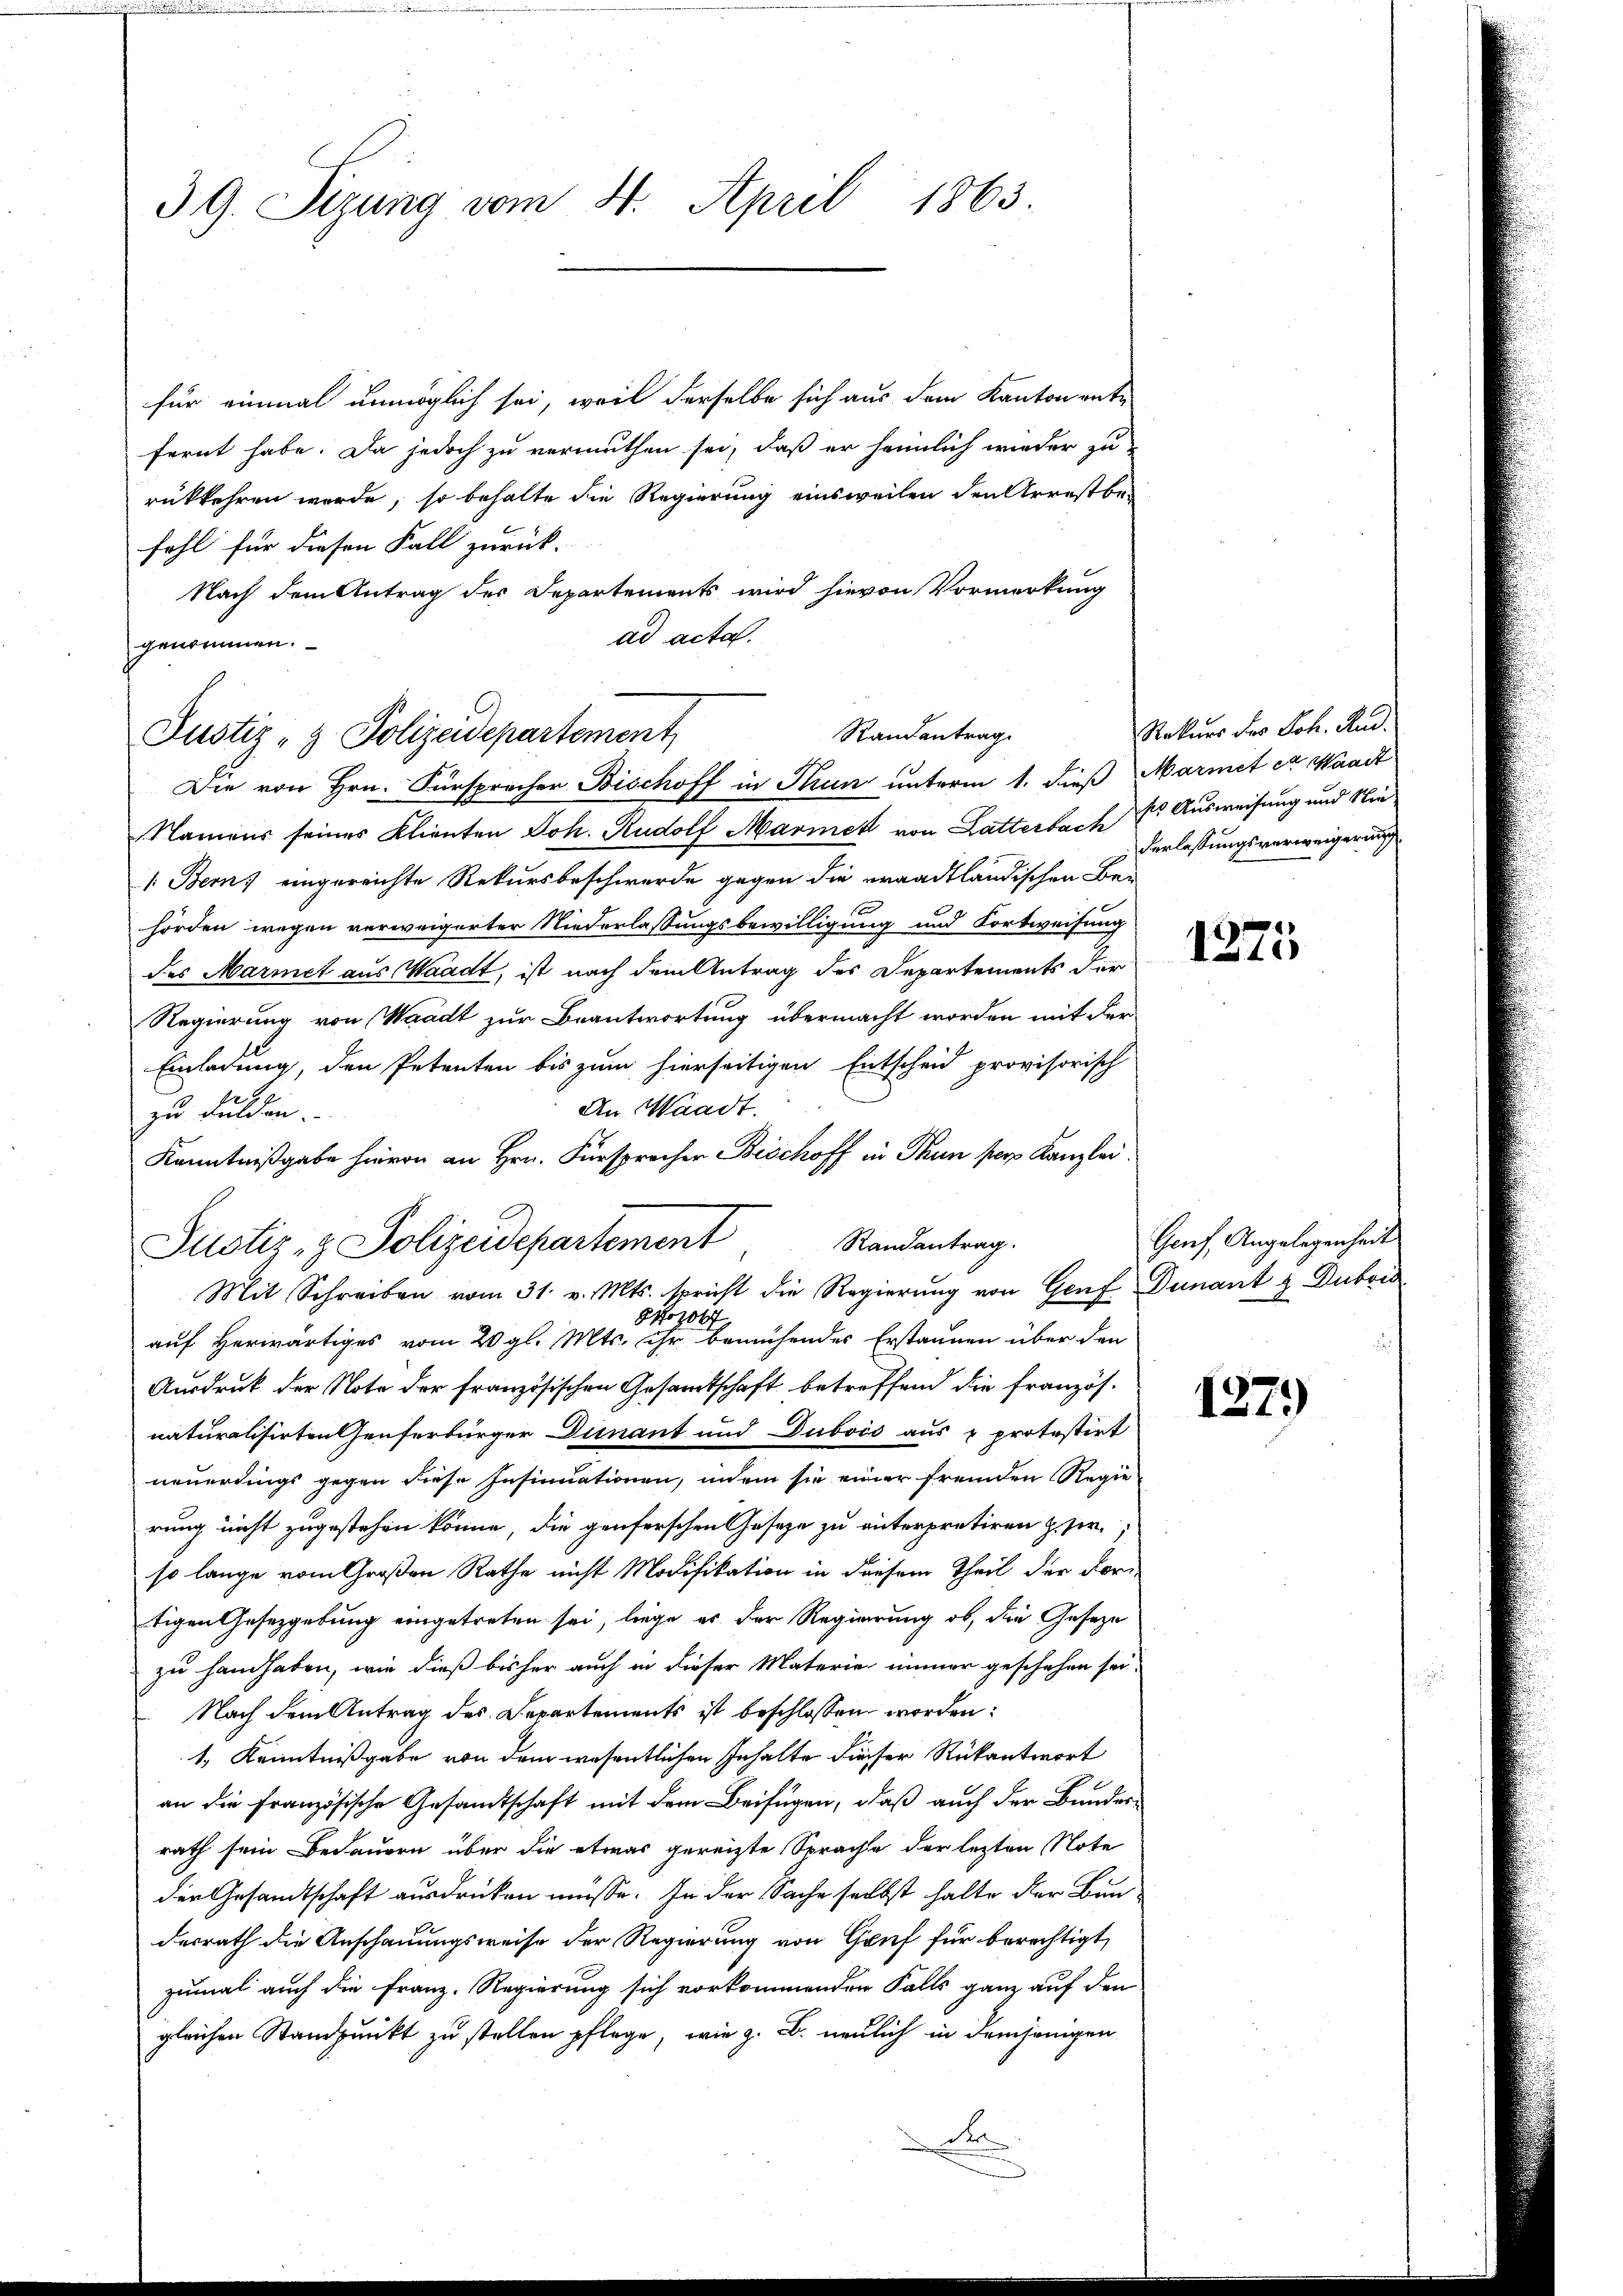
39. Sizung vom 4. April 1863.

für einmal unmöglich sei, weil derselbe sich aus dem Kanton ente
fernt habe. Da jedoch zu vermuthen sei, daß er heimlich wieder zu
rükkehren werde, so behalte die Regierung einsweilen den Arrestbefehl für diesen Fall zurück.
Nach dem Antrag der Departements wird hievon Vormerkung
ad acta.
genommen.
Die von Hrn. Fürspracher Bischoff in Thun unterm 1. dieß Marmet et Waadt
Namens seines Klienten Joh. Rudolf Marmet von Latterbach Er Ausweisung und Nie¬
1. Berns eingereichte Rekursbeschwerde gegen die waadtländischen Be-
1
hörden wegen verweigerter Niederlassungsbewilligung und Fortweisung
des Marmet aus Waadt, ist nach dem Antrag des Departements der
Regierung von Waadt zur Beantwortung übermacht worden mit der
Einladung, den Petenten bis zum hierseitigen Entscheid provisorisch
An Waadt.
zu dulden.
Kenntnißgabe hievon an Hrn. Fürsprocher Bischoff in Thun per Kanzlei.
Randantrag.
Justiz- & Polizeidepartement
Mit Schreiben vom 31. v. Mts. spricht die Regierung von Genf Dunant & Dubois
,
auf Herwärtiges vom 20. gl. Mts. ihr bemühendes Erstannen über den
Ausdruck der Note der französischen Gesamtschaft betreffend die französ.
naturalisirten Genferbürger Dienant und Dubois aus u protestirt
neuerdings gegen diese Insinuationen, indem sie einer fremden Regie
rung nicht zugestehen könne, die genferschen Gesetze zu unterpretiren zu er
so lange vom Großen Rathe nicht Modifikation in diesem Theil der For-
tigen Gesetzgebung eingetreten sei, liege es der Regierung ob, die Geseze
zu handhaben, wie dieß bisher auch in dieser Materie immer geschehen sei.
Nach dem Antrag des Departements ist beschlossen worden:
1.) Kenntnißgabe von dem wesentlichen Inhalte dieser Rükantwort
an die Französische Gesamtschaft mit dem Beifügen, daß auch der Bundesrath sein Bedauern über die etwas gereizte Sprache der lezten Note
der Gesandtschaft ausdrücken müsse. In der Sache selbst halte der Bun-
desrath die Anschauungsweise der Regierung von Gruf für berechtigt,
zumal auch die Franz. Regierung sich vorkommenden Falls ganz auf den
gleichen Standpunkt zu stellen pflege, wie z. B. neulich in demjenigen
A

Justiz- & Polizeidepartement,

Randantrag

Rekurs des Joh. Rud.
derlassungsverweigerung

1275

Genf, Angelegenheit

1279)